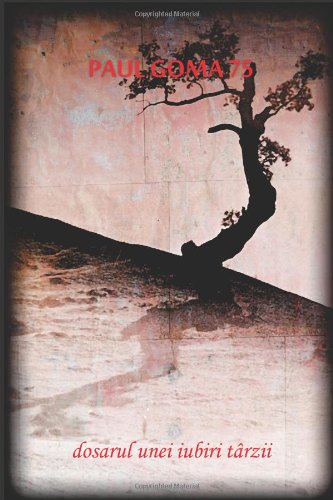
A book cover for Paul Goma 75: Dosarul unei iubiri tarzii (Romanian Edition); Colectiv de autori; History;